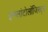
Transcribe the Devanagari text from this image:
इम्प्लांटोलॉजिस्ट्स